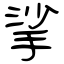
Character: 挲